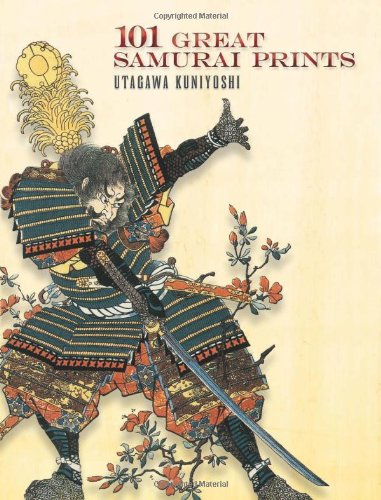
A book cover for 101 Great Samurai Prints (Dover Fine Art, History of Art); Utagawa Kuniyoshi; Arts & Photography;